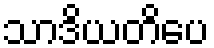
သာဒိယတိပေ